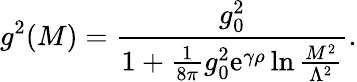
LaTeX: g^{2}(M)={\frac{g_{0}^{2}}{1+{\frac{1}{8\pi}}g_{0}^{2}\mathrm{e}^{\gamma\rho}\ln{\frac{M^{2}}{\Lambda^{2}}}}}.